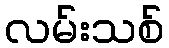
လမ်းသစ်